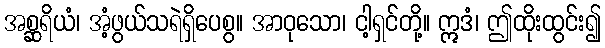
အစ္ဆရိယံ၊ အံ့ဖွယ်သရဲရှိပေစွ။ အာဝုသော၊ ငါ့ရှင်တို့။ ဣဒံ၊ ဤထိုးထွင်း၍